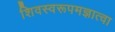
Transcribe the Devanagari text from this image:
शिवस्वरूपमज्ञात्वा